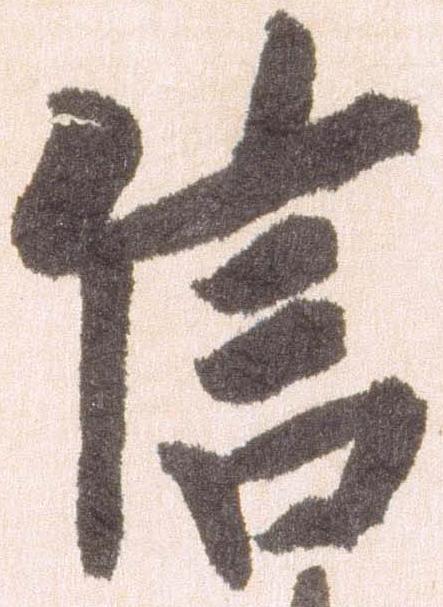
信